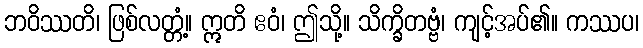
ဘဝိဿတိ၊ ဖြစ်လတ္တံ့။ ဣတိ ဧဝံ၊ ဤသို့။ သိက္ခိတဗ္ဗံ၊ ကျင့်အပ်၏။ ကဿပ၊